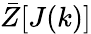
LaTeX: \bar{Z}[J(k)]